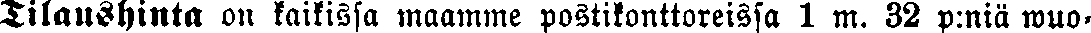
Tilaushinta on kaikissa maamme postikonttoreissa 1 m. 32 p:niä wuo-